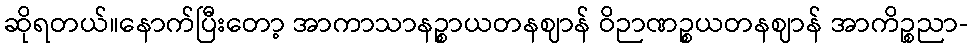
ဆိုရတယ်။နောက်ပြီးတော့ အာကာသာနဉ္စာယတနဈာန် ဝိဉာဏဉ္စယတနဈာန် အာကိဉ္စညာ-